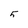
Character: 5